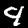
Label: 4